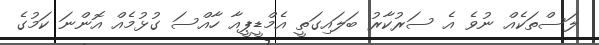
ލަސްތަކެއް ނުވެ އެ ސަރުކާރު ބަލައިގަތީ އެމްޑީޕީއާ ހާއްސަ ގުޅުމެއް އޮންނަ ކަމުގެ